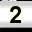
Digit: 2